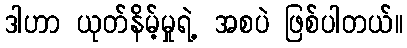
ဒါဟာ ယုတ်နိမ့်မှုရဲ့ အစပဲ ဖြစ်ပါတယ်။